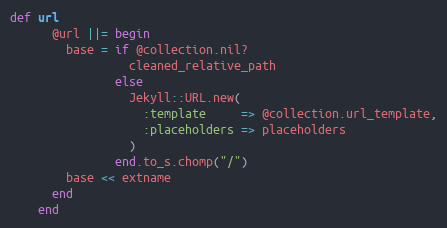
Language: Ruby
def url
      @url ||= begin
        base = if @collection.nil?
                 cleaned_relative_path
               else
                 Jekyll::URL.new(
                   :template     => @collection.url_template,
                   :placeholders => placeholders
                 )
               end.to_s.chomp("/")
        base << extname
      end
    end